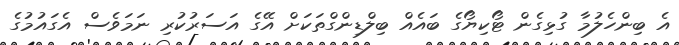
އެ ބިންހެލުމާ ގުޅިގެން ޓޯކިޔޯގެ ބައެއް ބިލްޑިންގްތަކަށް އޭގެ އަސަރުކުރި ނަމަވެސް އެގައުމުގެ